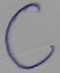
Text: C